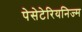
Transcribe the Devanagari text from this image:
पेसेटेरियनिज्म